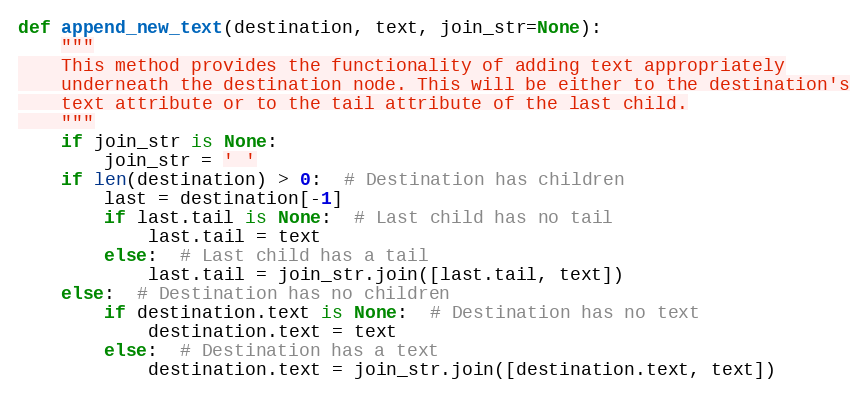
Language: Python
def append_new_text(destination, text, join_str=None):
    """
    This method provides the functionality of adding text appropriately
    underneath the destination node. This will be either to the destination's
    text attribute or to the tail attribute of the last child.
    """
    if join_str is None:
        join_str = ' '
    if len(destination) > 0:  # Destination has children
        last = destination[-1]
        if last.tail is None:  # Last child has no tail
            last.tail = text
        else:  # Last child has a tail
            last.tail = join_str.join([last.tail, text])
    else:  # Destination has no children
        if destination.text is None:  # Destination has no text
            destination.text = text
        else:  # Destination has a text
            destination.text = join_str.join([destination.text, text])